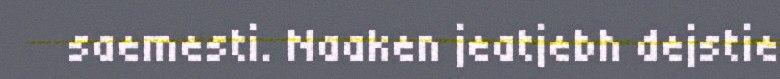
saemesti. Naaken jeatjebh dejstie